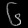
Digit: ၆